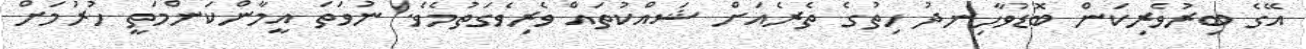
އޭގެ ބިރުވެރިކަން ބޮޑުވާހިނދު ހިތުގެ ތެރެއަށް ޝައްކުތައް ވެރިވެގަތުމެވެ. ނުވަތަ އީމާންކަންމަތީ ހުރުމަށް